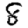
Digit: 8